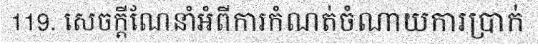
119. សេចក្តីណែនាំអំពីការកំណត់ចំណាយការប្រាក់